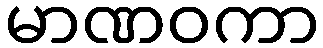
မာဏဝကာ